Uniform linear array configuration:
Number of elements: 12
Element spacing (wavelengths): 0.25
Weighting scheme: exponential
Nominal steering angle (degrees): -15
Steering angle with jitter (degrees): -13.287
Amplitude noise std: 0.05
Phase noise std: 0.05

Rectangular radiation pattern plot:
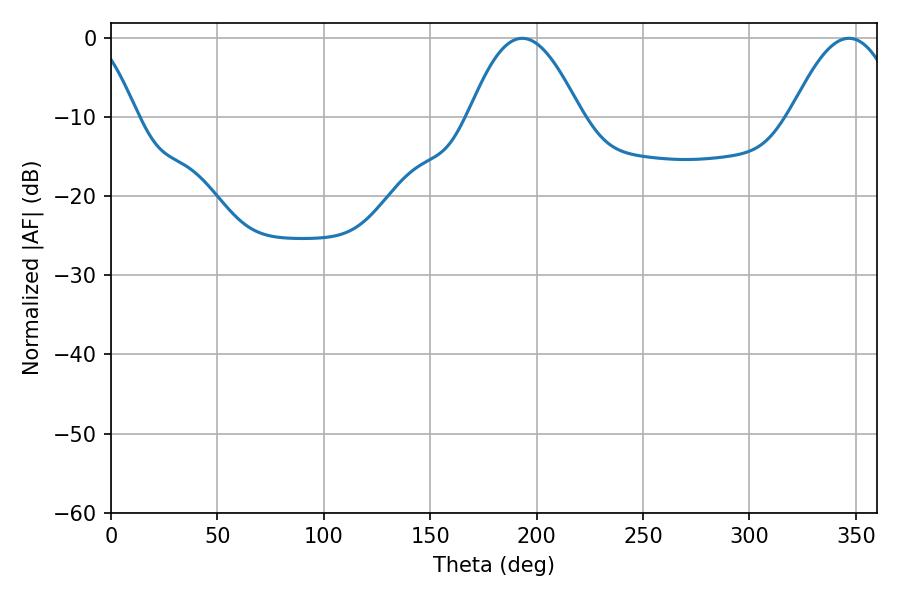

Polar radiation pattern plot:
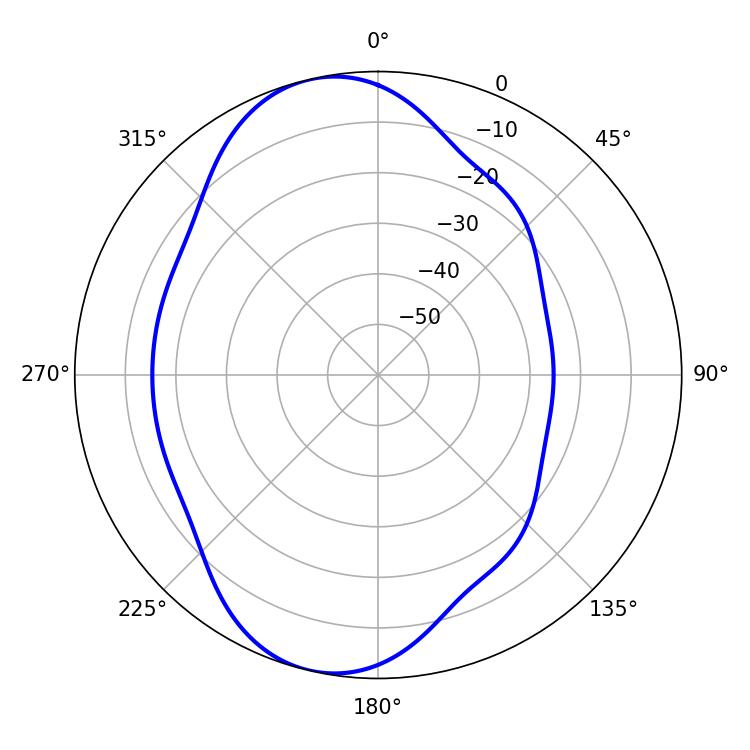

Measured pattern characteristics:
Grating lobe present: FALSE
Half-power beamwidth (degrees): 28.62
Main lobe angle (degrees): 193.32